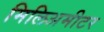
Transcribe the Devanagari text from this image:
मिलिअमीटर